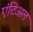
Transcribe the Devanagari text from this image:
एंटिअल